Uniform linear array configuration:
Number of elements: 8
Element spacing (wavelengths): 1
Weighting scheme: uniform
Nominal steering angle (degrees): -30
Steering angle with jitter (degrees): -29.79
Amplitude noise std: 0.05
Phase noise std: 0.05

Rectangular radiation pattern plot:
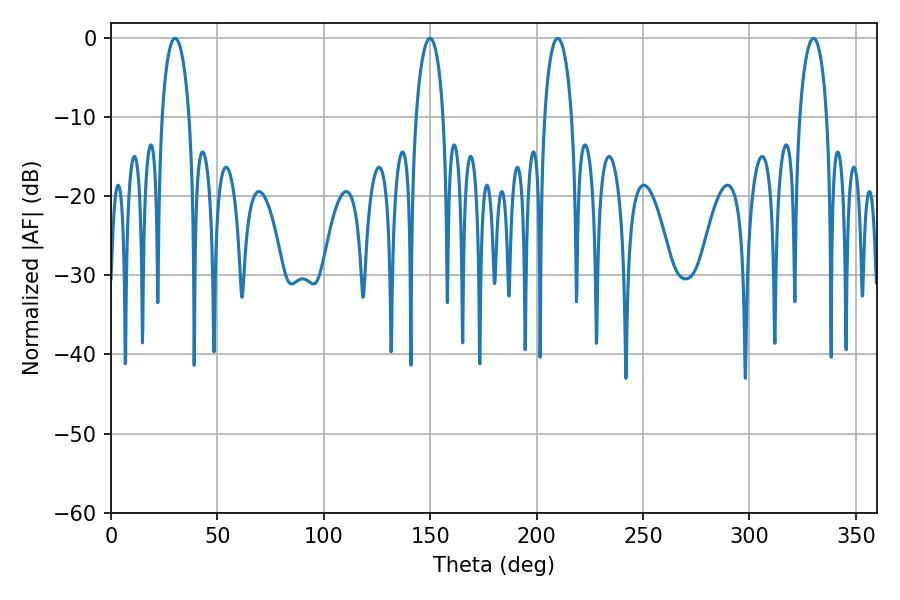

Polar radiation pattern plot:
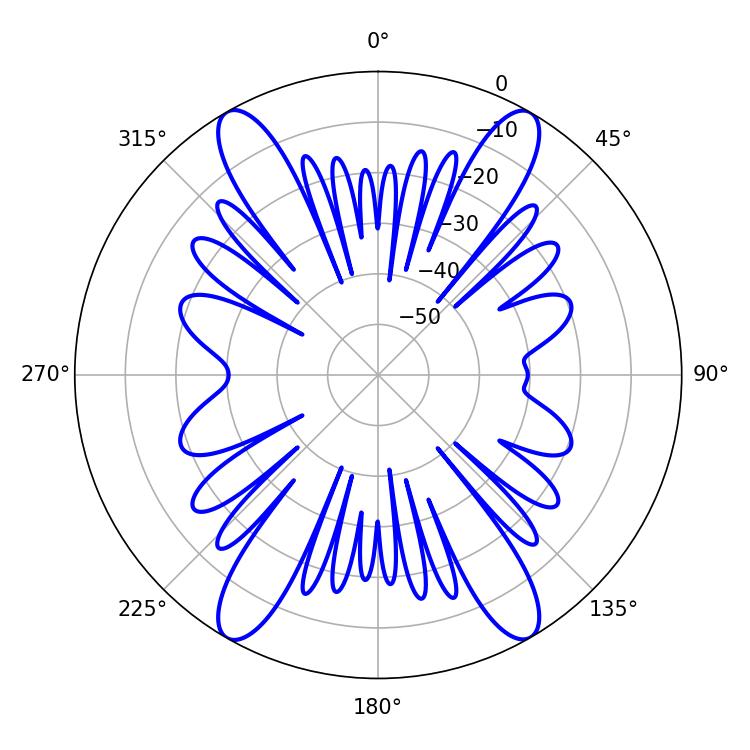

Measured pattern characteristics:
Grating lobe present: TRUE
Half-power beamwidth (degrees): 7.38
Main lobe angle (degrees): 209.88